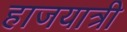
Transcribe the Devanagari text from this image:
हाजयात्री